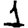
Digit: 1